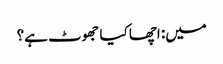
میں: اچھا کیا جھوٹ ہے؟